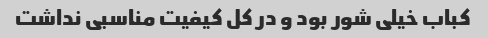
کباب خیلی شور بود و در کل کیفیت مناسبی نداشت